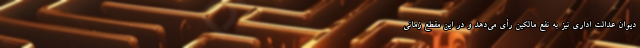
دیوان عدالت اداری نیز به نفع مالکین رأی می‌دهد و در این مقطع زمانی